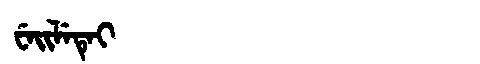
Manchu: ᠸᡝᡳᠯᡝᡨᡝᡳ
Romanization: WEILETEI